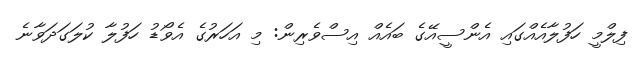
ފިލްމީ ހަފުލާއެއްގައި އެންސީއޭގެ ބައެއް އިސްވެރިން: މި އަހަރުގެ އެވޯޑު ހަފުލާ ކުލަަގަދަވާނެ